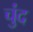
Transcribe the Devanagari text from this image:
चुंद